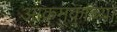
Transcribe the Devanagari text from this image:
आक्रमकाच्या